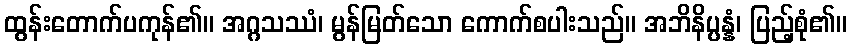
ထွန်းတောက်ပကုန်၏။ အဂ္ဂသဿံ၊ မွန်မြတ်သော ကောက်စပါးသည်။ အဘိနိပ္ပန္နံ၊ ပြည့်စုံ၏။